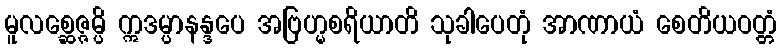
မူလစ္ဆေဇ္ဇမ္ပိ ဣဒမ္ပာနန္ဒပေ အဗြဟ္မစရိယာတိ သုခါပေတုံ အာဏာယံ စေတိယဝတ္တံ